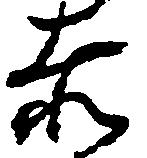
赤